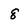
Character: 8